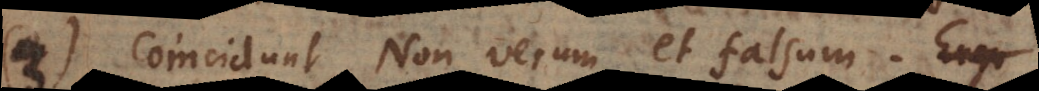
3) Coincidunt Non verum et falsum.